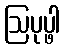
ဩပုပ္ဖါ